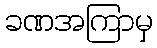
ခဏအကြာမှ